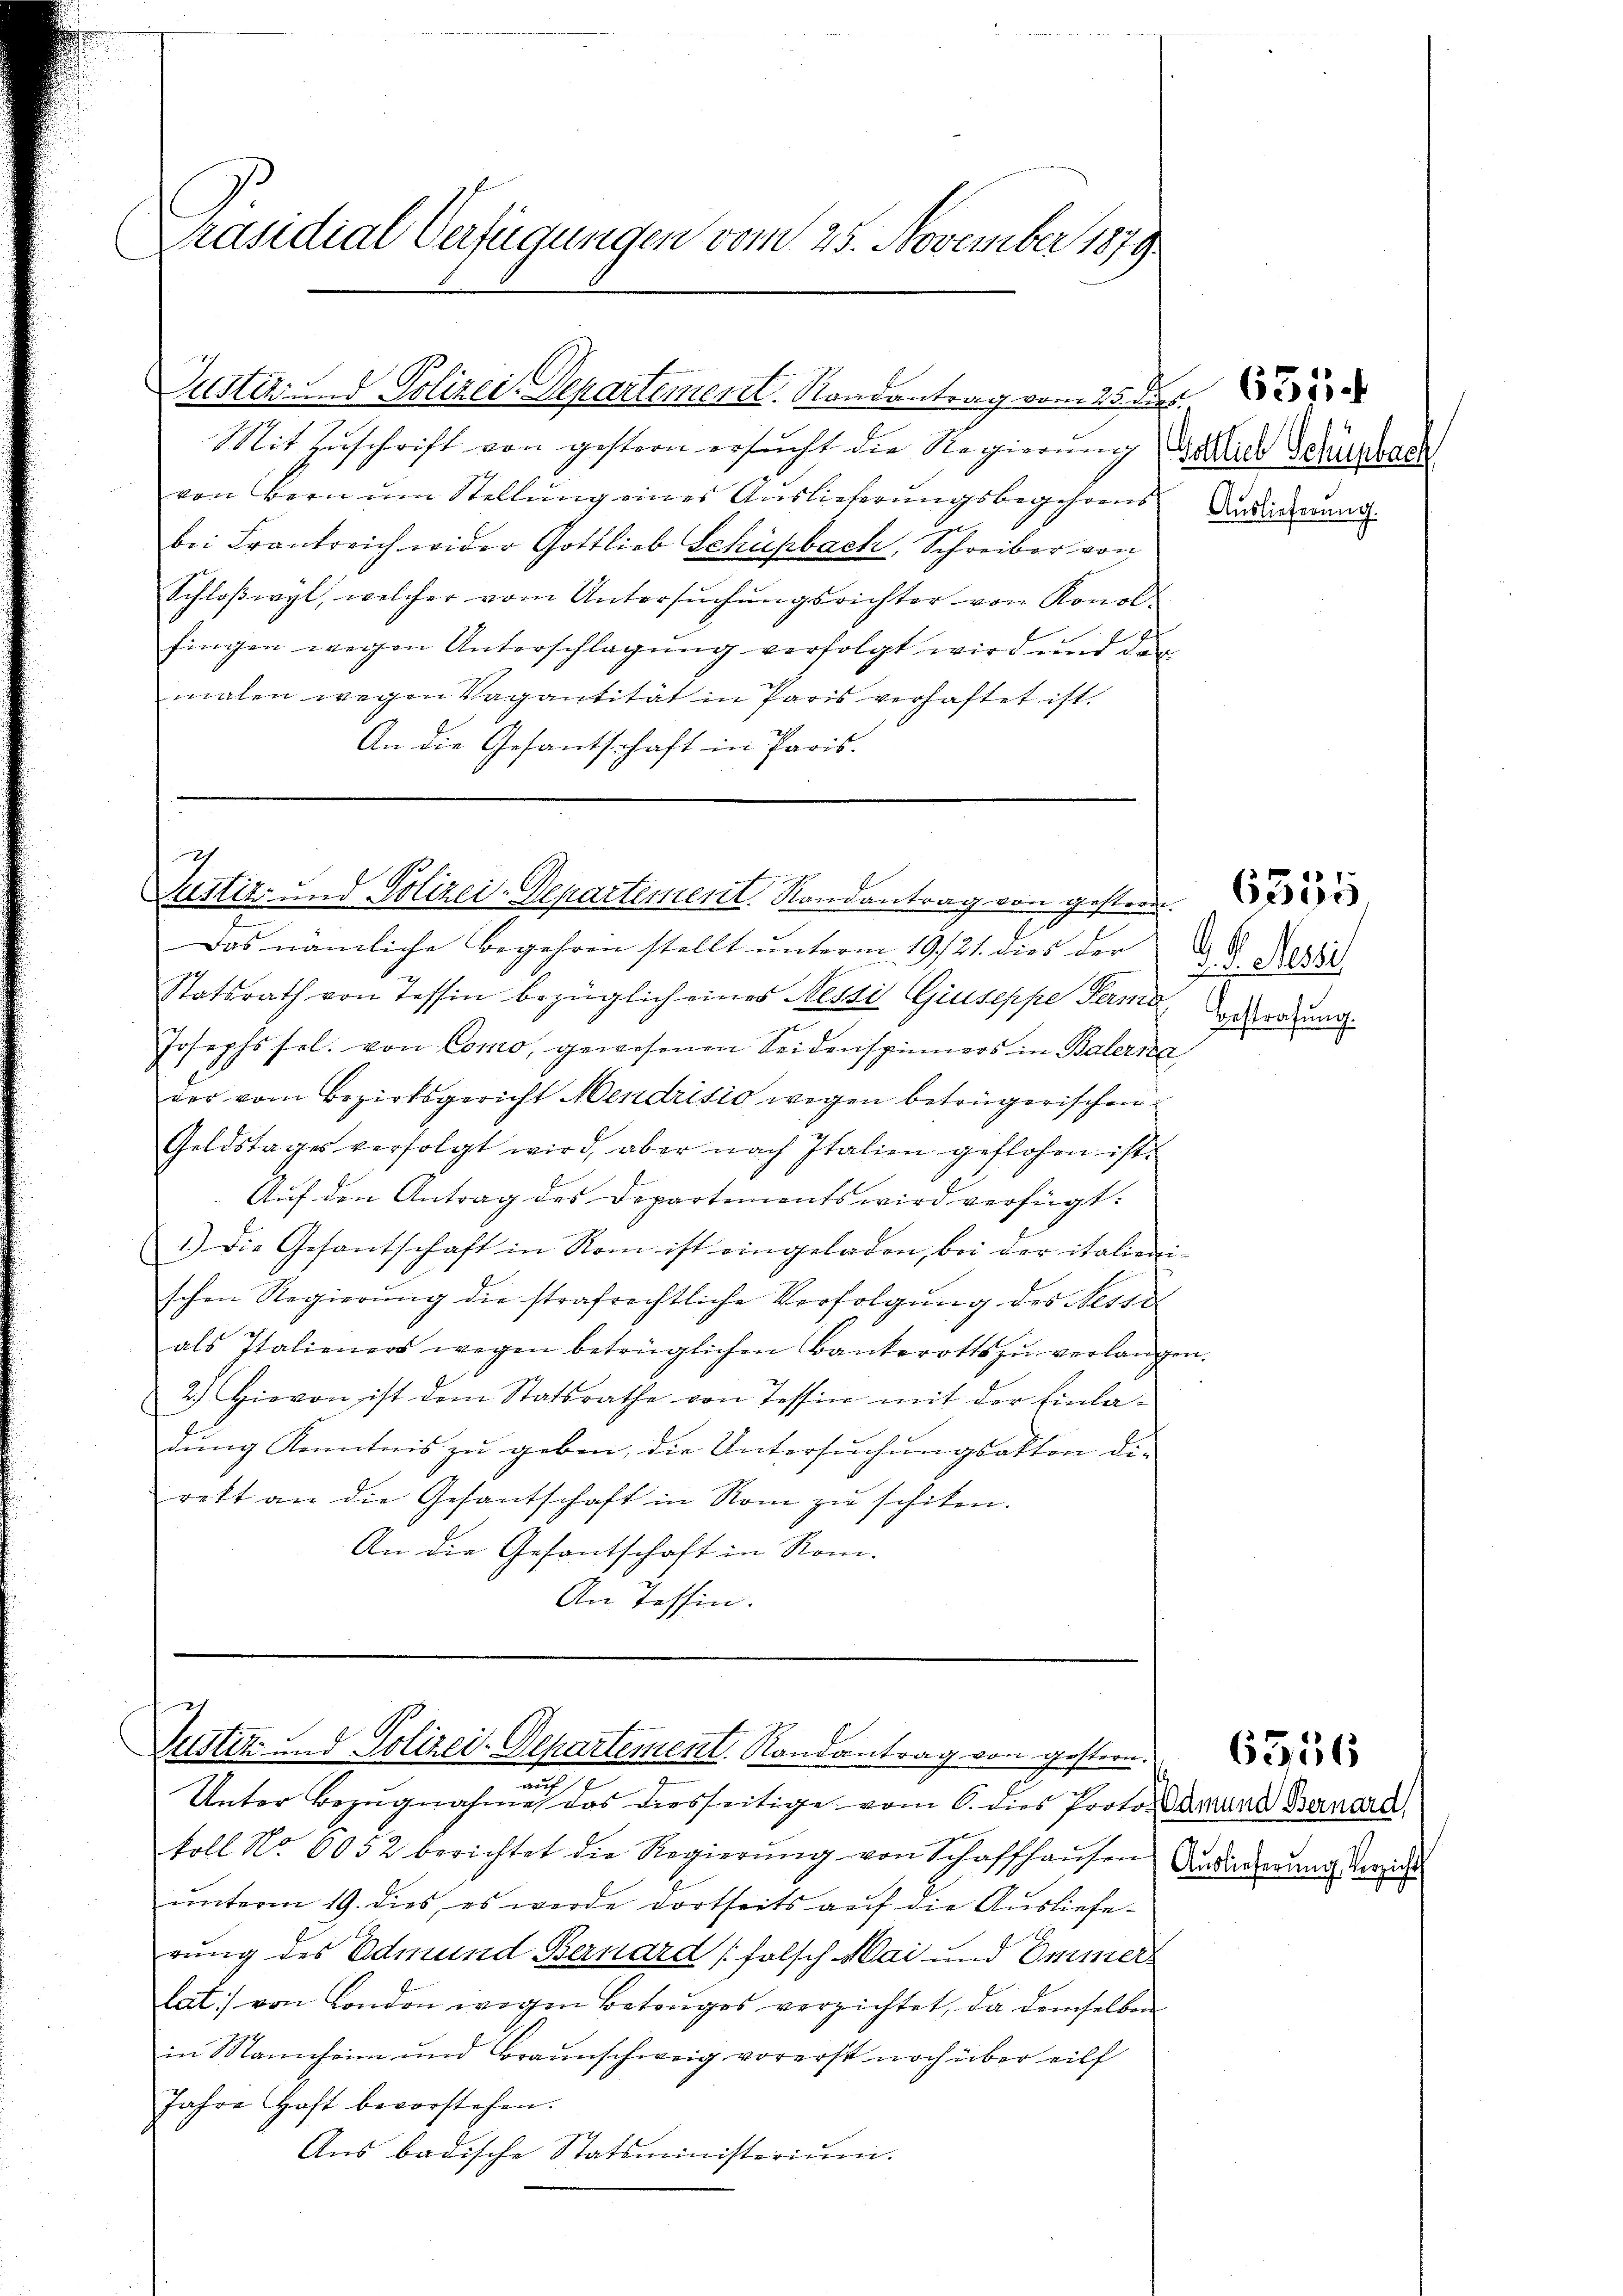
Präsidial-Verfügungen vom 25. November 1879

Justiz- und Polizei. Departement. Nordantrag vom 25. de

Justiz- und Polizei-Departement. Rondantrag von gestren

Mit Zŭschrift von gestern ersŭcht die Regierŭng Mach Schürbach
von Bern um Stellung eines Auslieferungsbegehrens
bei Frankreich wider Gottlieb Schüpbach, Schreiber von
Schloßwyl, welcher vom Untersuchungsrichter von Konolfingen wegen Unterschlagung verfolgt wird und der
malen wegen Vagantität in Paris verhaftet ist.
An die Gesantschaft in Paris.

7
Das nämliche Begehren stellt unterm 19/21. dies der
Statsrath von Tessin bezüglich eines Nessi Giuseppe Ferne
Josephs sel. von Como, gewesenen Seidenspinners in Balerna
der vom Bezirksgericht Mendrisio wegen beträgerischen
Geldstages verfolgt wird, aber nach Italien geflohen ist.
Auf den Antrag des Departements wird verfügt:
1.) Die Gesantschaft in Rom ist eingeladen, bei der italieni-
schen Regierŭng die strafrechtliche Verfolgŭng des Messe
als Italieners wegen betrüglichen Bankerotts zŭ verlangen.
2.) Hievon ist dem Statsrathe von Tessin mit der Einladung Kenntnis zu geben, die Untersuchungsakten die
rett an die Gesantschaft in Rom zu schiken.
An die Gesantschaft in Rom.
An Tessin.

E

Justiz - Polizei-Departement. Randantrag von gestern.
F

Unter Bezugnahme das diesseitige vom 6. dies Protocarial Bernard
toll No 6052 berichtet die Regierŭng von Schaffhaŭsen Audierŭng verzicht
unterm 19. dies, es werde dortseits auf die Auslieferung des Edmund Bernard [falsch Mai und Immers
lat) von London wegen Betruges verzichtet, da demselben
in Mannheim und Braunschweig vorerst noch über eilf
Jahre Haft bevorstehen.
Ans badische Statsministerium.

Auslieferung.

P. V. Berei
Bestrafung.

6356